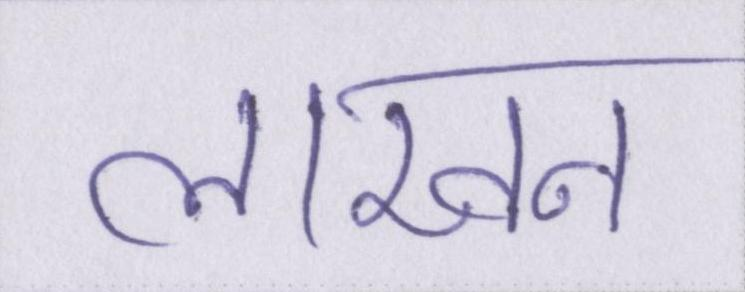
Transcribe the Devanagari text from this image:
लाखन